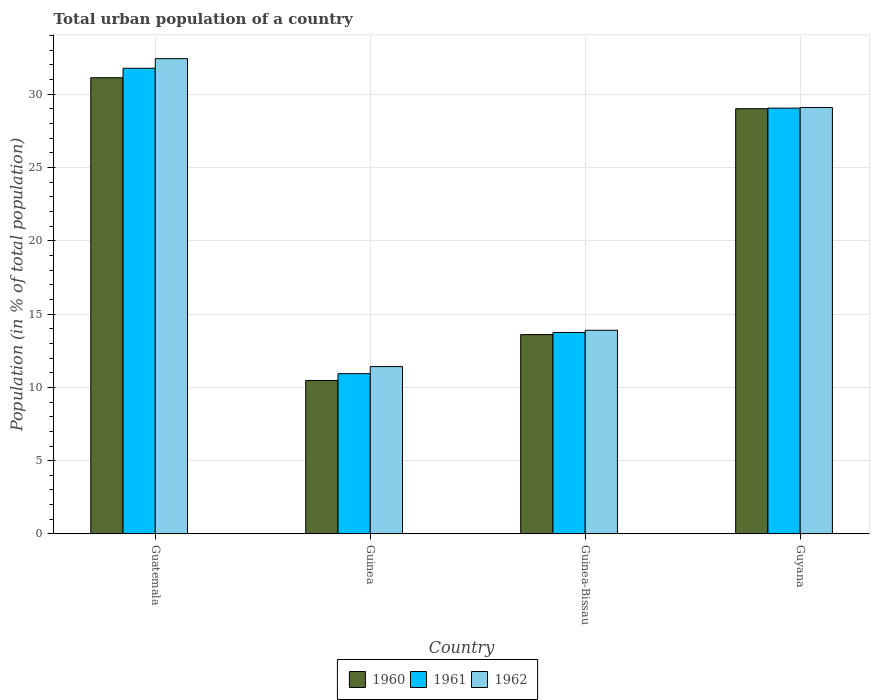
| Country | 1960 | 1961 | 1962 |
 | --- | --- | --- | --- |
 | Guatemala | 31.1 | 31.8 | 32.4 |
 | Guinea | 10.5 | 10.9 | 11.4 |
 | Guinea-Bissau | 13.6 | 13.7 | 13.9 |
 | Guyana | 29 | 29 | 29.1 |